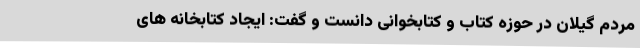
مردم گیلان در حوزه کتاب و کتابخوانی دانست و گفت: ایجاد کتابخانه های